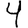
Digit: 4